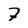
Character: 7